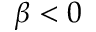
\beta < 0